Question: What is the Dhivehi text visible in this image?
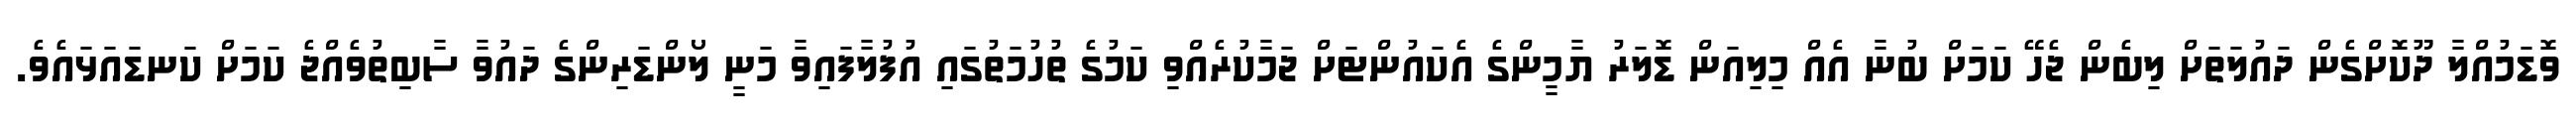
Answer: ވޮޑަމުއްލާ ދޫކޮށްގެން ދައުލަތަށް ލިބެން ޖެހޭ ކަމަށް ބުނާ އެއް މިލިއަން ޑޮލަރު ޔާމީންގެ އެކައުންޓަށް ޖަމާކުރެއްވި ކަމުގެ ތުހުމަތުގައި އުފުލާފައިވާ މަނީ ލޯންޑަރިންގެ ދައުވާ ސާބިތުވެއްޖެ ކަމަށް ކަނޑައަޅައެވެ.